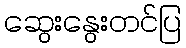
ဆွေးနွေးတင်ပြ